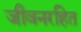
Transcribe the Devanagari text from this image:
जीवनरहित